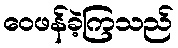
ဝေဖန်ခဲ့ကြသည်